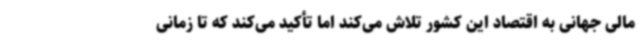
مالی جهانی به اقتصاد این کشور تلاش می‌کند اما تأکید می‌کند که تا زمانی